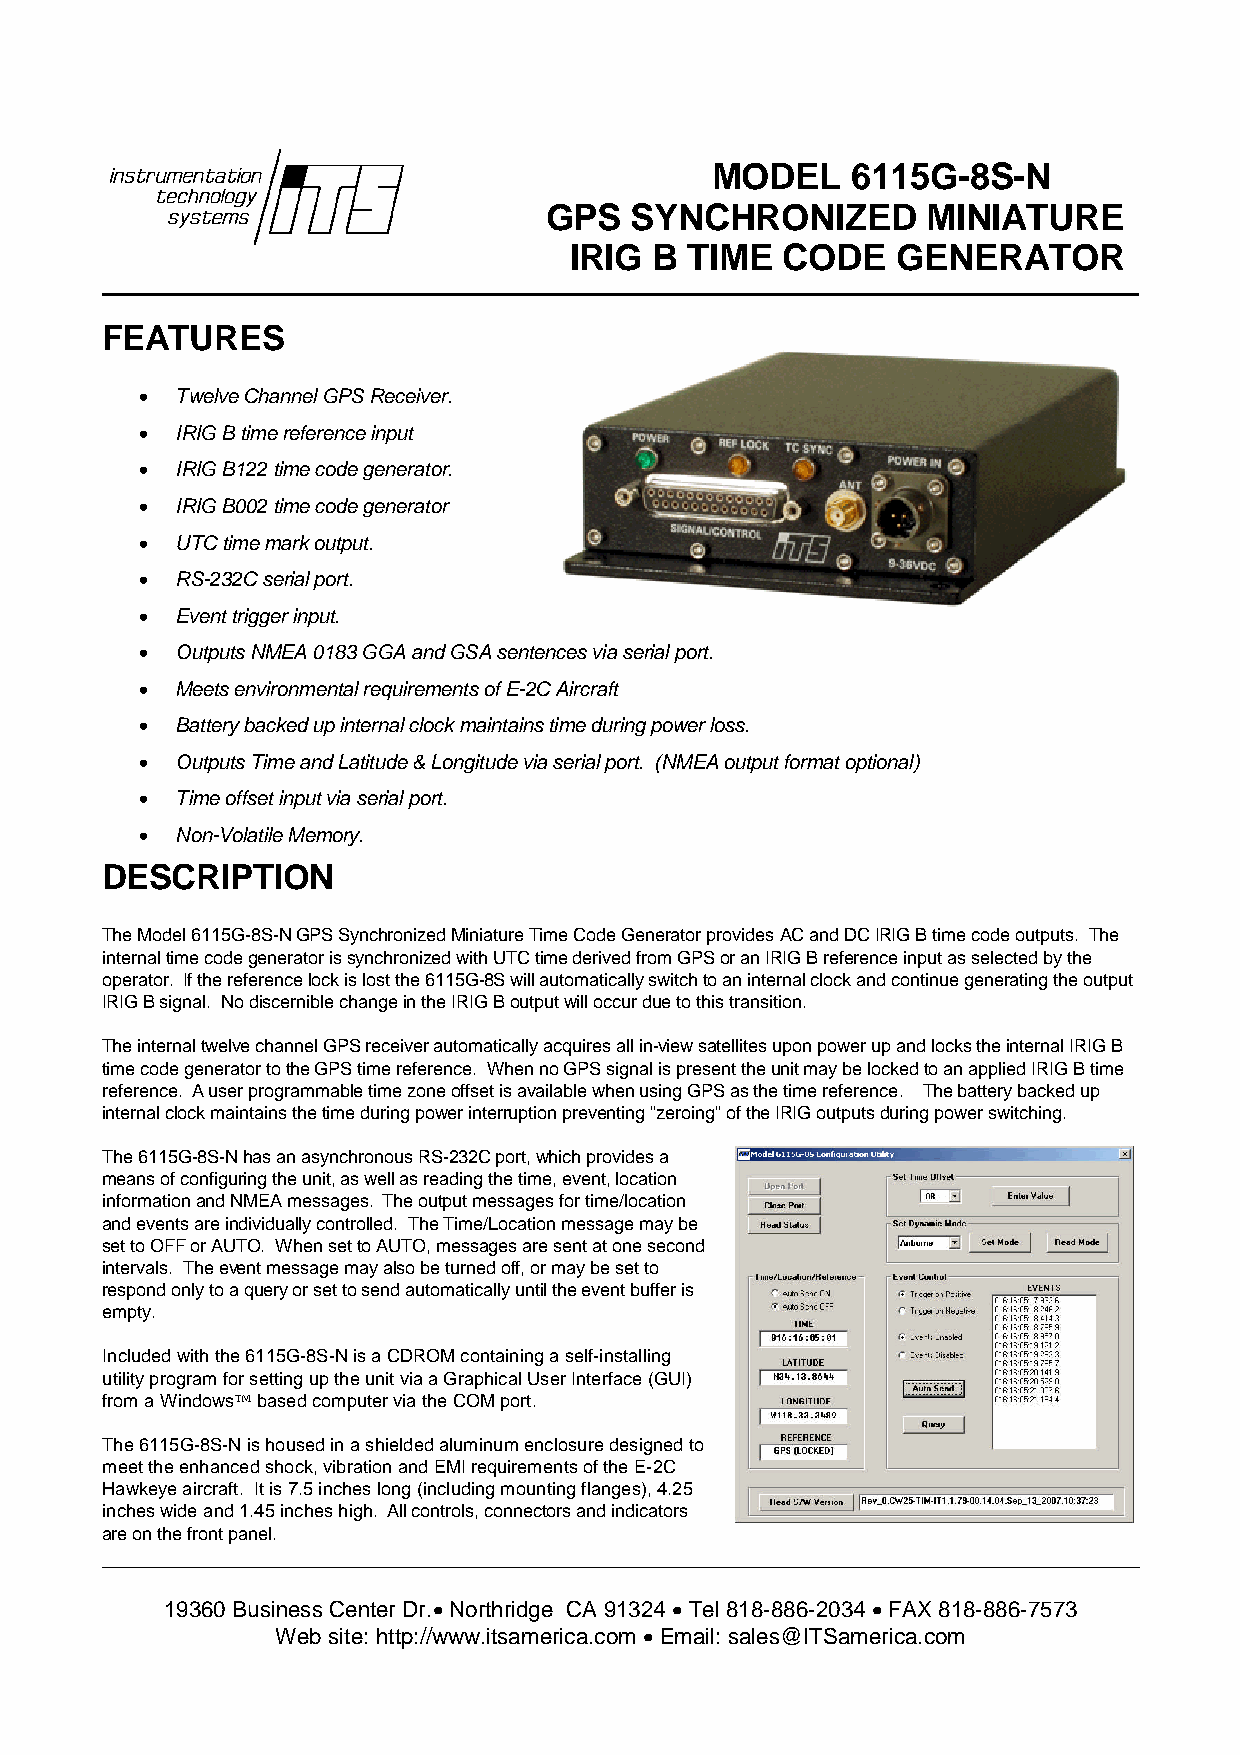
MODEL    6115G-8S-N
 GPS   SYNCHRONIZED       MINIATURE
 IRIG B  TIME  CODE   GENERATOR
 FEATURES
   TwelveChannelGPSReceiver.
   IRIGBtimereferenceinput
   IRIGB122timecodegenerator.
   IRIGB002timecodegenerator
   UTCtimemarkoutput.
   RS-232Cserialport.
   Eventtriggerinput.
   OutputsNMEA0183GGAandGSAsentencesviaserialport.
   MeetsenvironmentalrequirementsofE-2CAircraft
   Batterybackedupinternalclockmaintainstimeduringpowerloss.
   OutputsTimeandLatitude&Longitudeviaserialport. (NMEAoutputformatoptional)
   Timeoffsetinputviaserialport.
   Non-VolatileMemory.
 DESCRIPTION
 TheModel6115G-8S-NGPSSynchronizedMiniatureTimeCodeGeneratorprovidesACandDCIRIGBtimecodeoutputs. The
 internaltimecodegeneratorissynchronizedwithUTCtimederivedfromGPSoranIRIGBreferenceinputasselectedbythe
 operator. Ifthereferencelockislostthe6115G-8Swillautomaticallyswitchtoaninternalclockandcontinuegeneratingtheoutput
 IRIGBsignal. NodiscerniblechangeintheIRIGBoutputwilloccurduetothistransition.
 TheinternaltwelvechannelGPSreceiverautomaticallyacquiresallin-viewsatellitesuponpowerupandlockstheinternalIRIGB
 timecodegeneratortotheGPStimereference. WhennoGPSsignalispresenttheunitmaybelockedtoanappliedIRIGBtime
 reference. AuserprogrammabletimezoneoffsetisavailablewhenusingGPSasthetimereference. Thebatterybackedup
 internalclockmaintainsthetimeduringpowerinterruptionpreventing“zeroing”oftheIRIGoutputsduringpowerswitching.
 The6115G-8S-NhasanasynchronousRS-232Cport,whichprovidesa
 meansofconfiguringtheunit,aswellasreadingthetime,event,location
 informationandNMEAmessages. Theoutputmessagesfortime/location
 andeventsareindividuallycontrolled. TheTime/Locationmessagemaybe
 settoOFForAUTO. WhensettoAUTO,messagesaresentatonesecond
 intervals. Theeventmessagemayalsobeturnedoff,ormaybesetto
 respondonlytoaqueryorsettosendautomaticallyuntiltheeventbufferis
 empty.
 Includedwiththe6115G-8S-NisaCDROMcontainingaself-installing
 utilityprogramforsettinguptheunitviaaGraphicalUserInterface(GUI)
 fromaWindowsbasedcomputerviatheCOMport.
 The6115G-8S-Nishousedinashieldedaluminumenclosuredesignedto
 meettheenhancedshock,vibrationandEMIrequirementsoftheE-2C
 Hawkeyeaircraft. Itis7.5incheslong(includingmountingflanges),4.25
 incheswideand1.45incheshigh. Allcontrols,connectorsandindicators
 areonthefrontpanel.
 19360 Business Center Dr.Northridge CA 91324  Tel818-886-2034 FAX 818-886-7573
 Web site: http://www.itsamerica.com Email: sales@ITSamerica.com